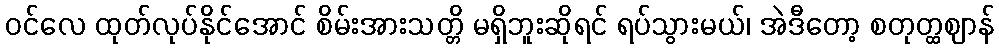
ဝင်လေ ထုတ်လုပ်နိုင်အောင် စိမ်းအားသတ္တိ မရှိဘူးဆိုရင် ရပ်သွားမယ်၊ အဲဒီတော့ စတုတ္ထဈာန်